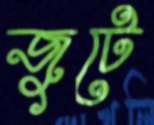
জুটে